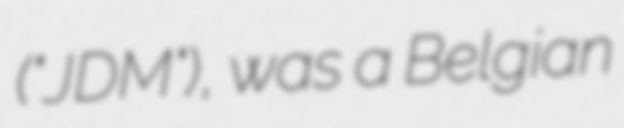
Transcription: ("JDM"), was a Belgian